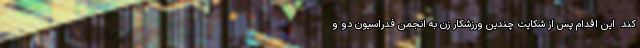
کند. این اقدام پس از شکایت چندین ورزشکار زن به انجمن فدراسیون دو و